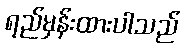
ရည်မှန်းထားပါသည်